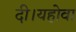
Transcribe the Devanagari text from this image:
दी।यहोवा